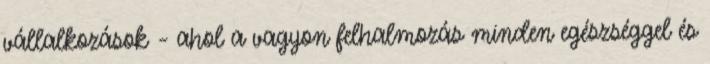
vállalkozások – ahol a vagyon felhalmozás minden egészséggel és